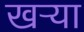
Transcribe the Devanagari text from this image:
खऱ्या